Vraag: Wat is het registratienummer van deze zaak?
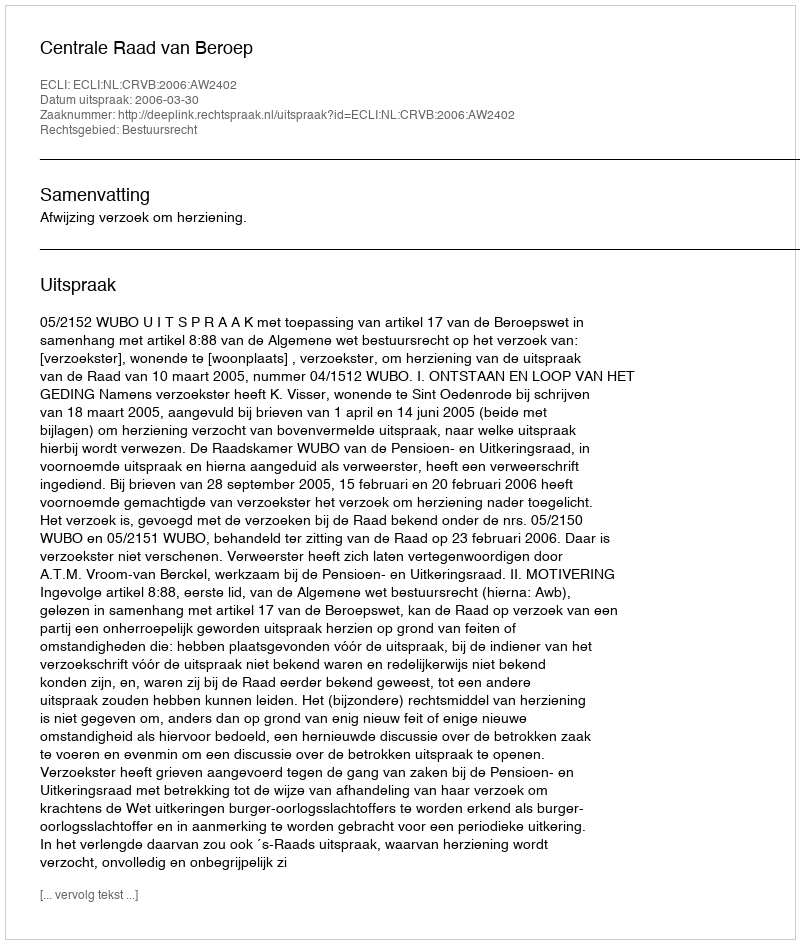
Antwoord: http://deeplink.rechtspraak.nl/uitspraak?id=ECLI:NL:CRVB:2006:AW2402